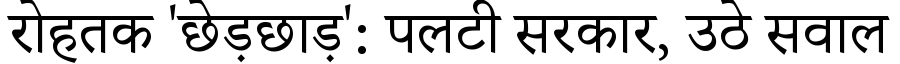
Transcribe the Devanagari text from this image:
रोहतक 'छेड़छाड़': पलटी सरकार, उठे सवाल